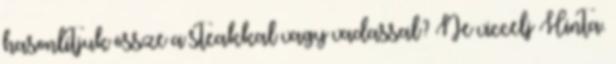
hasonlítjuk össze a steakkal vagy vadassal? Ne viccelj Hinta.